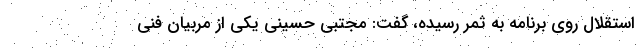
استقلال روی برنامه به ثمر رسیده، گفت: مجتبی حسینی یکی از مربیان فنی